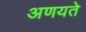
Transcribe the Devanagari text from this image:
अणयते